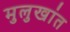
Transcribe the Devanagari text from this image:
मुलुखांत